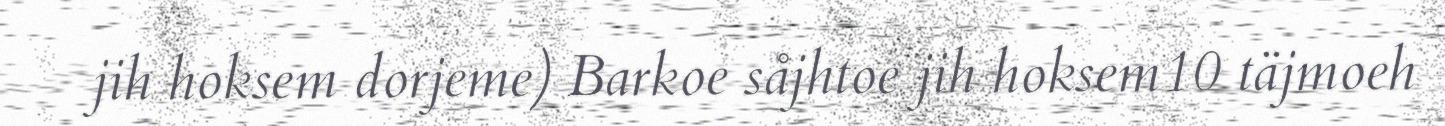
jih hoksem dorjeme) Barkoe såjhtoe jih hoksem10 täjmoeh